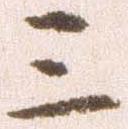
三